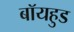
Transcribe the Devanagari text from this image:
बॉयहुड